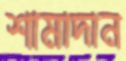
শামাদান